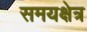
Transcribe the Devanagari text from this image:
समयक्षेत्र